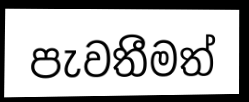
පැවතීමත්